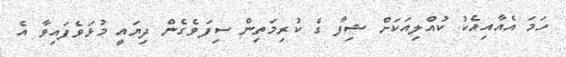
ހަމަ އެއާއިއެކު ކުއްލިއަކަށް ޝިފާ ގެ ކުރިމަތިން ސިފަވެގެން ދިޔައީ މުޅަވެފައިވާ އެ